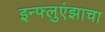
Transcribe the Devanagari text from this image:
इन्फ्लुएंझाचा